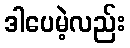
ဒါပေမဲ့လည်း